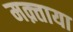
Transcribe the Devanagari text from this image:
मक़्ताया